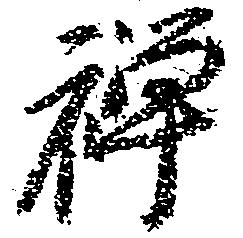
禅